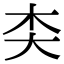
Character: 𪥄